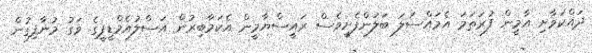
ދައްކަވާށި އާމީން ފުރަތަމަ އެމައްސަލަ ބަލަންފެށީވެސް ރައީސްޔާމީން އެކަމާބިރުން އަސްލުއެމްޑީޕީގެ ވަގު މުނާފިގުން